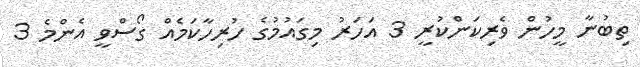
ތިބުނާ މީހުން ވެރިކަންކުރީ 3 އަހަރު މިގައުމުގެ ހުރިހާކަމެއް ގޯސްވީ އެންމެ 3